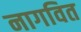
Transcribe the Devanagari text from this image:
नागवित